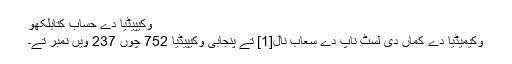
وکیپیڈیا دے حساب کتابلکھو
وکیمیڈیا دے کماں دی لسٹ ناپ دے سعاب نال[1] تے پنجابی وکیپیڈیا 752 چوں 237 ویں نمبر تے۔